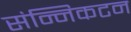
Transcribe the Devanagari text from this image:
संन्निकटन